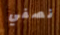
نصفي